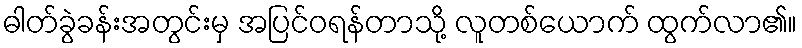
ဓါတ်ခွဲခန်းအတွင်းမှ အပြင်ဝရန်တာသို့ လူတစ်ယောက် ထွက်လာ၏။